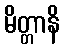
မိတ္တာနိ